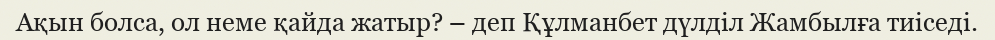
Ақын болса, ол неме қайда жатыр? – деп Құлманбет дүлділ Жамбылға тиіседі.